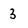
Character: 3